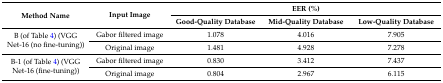
<table><thead><tr><td rowspan="2"><b>Method Name</b></td><td rowspan="2"><b>Input Image</b></td><td colspan="3"><b>EER (%)</b></td></tr><tr><td><b>Good-Quality Database</b></td><td><b>Mid-Quality Database</b></td><td><b>Low-Quality Database</b></td></tr></thead><tbody><tr><td rowspan="2">B (of Table 4) (VGG Net-16 (no fine-tuning))</td><td>Gabor filtered image</td><td>1.078</td><td>4.016</td><td>7.905</td></tr><tr><td>Original image</td><td>1.481</td><td>4.928</td><td>7.278</td></tr><tr><td rowspan="2">B-1 (of Table 4) (VGG Net-16 (fine-tuning))</td><td>Gabor filtered image</td><td>0.830</td><td>3.412</td><td>7.437</td></tr><tr><td>Original image</td><td>0.804</td><td>2.967</td><td>6.115</td></tr></tbody></table>